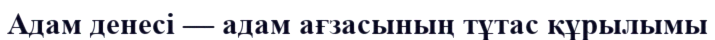
Адам денесі — адам ағзасының тұтас құрылымы